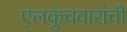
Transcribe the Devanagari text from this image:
एलकुंचवारांची